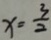
x = \frac { 3 } { 2 }